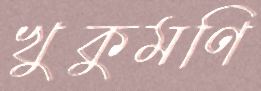
খুকুমণি